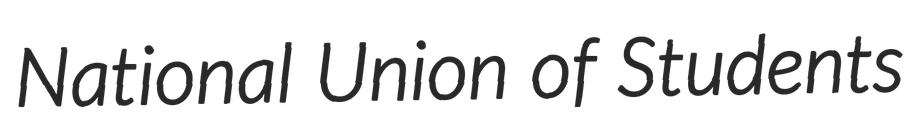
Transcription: National Union of Students